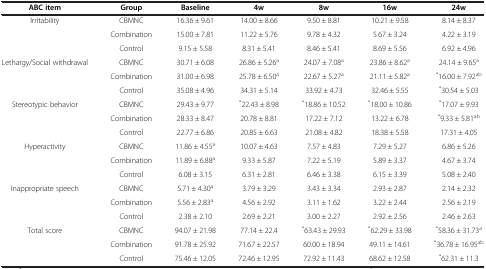
<table><thead><tr><td><b>ABC item</b></td><td><b>Group</b></td><td><b>Baseline</b></td><td><b>4w</b></td><td><b>8w</b></td><td><b>16w</b></td><td><b>24w</b></td></tr></thead><tbody><tr><td rowspan="3">Irritability</td><td>CBMNC</td><td>16.36 ± 9.61</td><td>14.00 ± 8.66</td><td>9.50 ± 8.81</td><td>10.21 ± 9.58</td><td>8.14 ± 8.37</td></tr><tr><td>Combination</td><td>15.00 ± 7.81</td><td>11.22 ± 5.76</td><td>9.78 ± 4.32</td><td>5.67 ± 3.24</td><td>4.22 ± 3.19</td></tr><tr><td>Control</td><td>9.15 ± 5.58</td><td>8.31 ± 5.41</td><td>8.46 ± 5.41</td><td>8.69 ± 5.56</td><td>6.92 ± 4.96</td></tr><tr><td rowspan="3">Lethargy/Social withdrawal</td><td>CBMNC</td><td>30.71 ± 6.08</td><td>26.86 ± 5.26<sup>a</sup></td><td>24.07 ± 7.08<sup>a</sup></td><td>23.86 ± 8.62<sup>a</sup></td><td>24.14 ± 9.65<sup>a</sup></td></tr><tr><td>Combination</td><td>31.00 ± 6.98</td><td>25.78 ± 6.50<sup>a</sup></td><td>22.67 ± 5.27<sup>a</sup></td><td>21.11 ± 5.82<sup>a</sup></td><td><sup>*</sup>16.00 ± 7.92<sup>ab</sup></td></tr><tr><td>Control</td><td>35.08 ± 4.96</td><td>34.31 ± 5.14</td><td>33.92 ± 4.73</td><td>32.46 ± 5.55</td><td><sup>*</sup>30.54 ± 5.03</td></tr><tr><td rowspan="3">Stereotypic behavior</td><td>CBMNC</td><td>29.43 ± 9.77</td><td><sup>*</sup>22.43 ± 8.98</td><td><sup>*</sup>18.86 ± 10.52</td><td><sup>*</sup>18.00 ± 10.86</td><td><sup>*</sup>17.07 ± 9.93</td></tr><tr><td>Combination</td><td>28.33 ± 8.47</td><td>20.78 ± 8.81</td><td>17.22 ± 7.12</td><td>13.22 ± 6.78</td><td><sup>*</sup>9.33 ± 5.81<sup>ab</sup></td></tr><tr><td>Control</td><td>22.77 ± 6.86</td><td>20.85 ± 6.63</td><td>21.08 ± 4.82</td><td>18.38 ± 5.58</td><td>17.31 ± 4.05</td></tr><tr><td rowspan="3">Hyperactivity</td><td>CBMNC</td><td>11.86 ± 4.55<sup>a</sup></td><td>10.07 ± 4.63</td><td>7.57 ± 4.83</td><td>7.29 ± 5.27</td><td>6.86 ± 5.26</td></tr><tr><td>Combination</td><td>11.89 ± 6.88<sup>a</sup></td><td>9.33 ± 5.87</td><td>7.22 ± 5.19</td><td>5.89 ± 3.37</td><td>4.67 ± 3.74</td></tr><tr><td>Control</td><td>6.08 ± 3.15</td><td>6.31 ± 2.81</td><td>6.46 ± 3.38</td><td>6.15 ± 3.39</td><td>5.08 ± 2.40</td></tr><tr><td rowspan="3">Inappropriate speech</td><td>CBMNC</td><td>5.71 ± 4.30<sup>a</sup></td><td>3.79 ± 3.29</td><td>3.43 ± 3.34</td><td>2.93 ± 2.87</td><td>2.14 ± 2.32</td></tr><tr><td>Combination</td><td>5.56 ± 2.83<sup>a</sup></td><td>4.56 ± 2.92</td><td>3.11 ± 1.62</td><td>3.22 ± 2.44</td><td>2.56 ± 2.19</td></tr><tr><td>Control</td><td>2.38 ± 2.10</td><td>2.69 ± 2.21</td><td>3.00 ± 2.27</td><td>2.92 ± 2.56</td><td>2.46 ± 2.63</td></tr><tr><td>Total score</td><td>CBMNC</td><td>94.07 ± 21.98</td><td>77.14 ± 22.4</td><td><sup>*</sup>63.43 ± 29.93</td><td><sup>*</sup>62.29 ± 33.98</td><td><sup>*</sup>58.36 ± 31.73<sup>a</sup></td></tr><tr><td> </td><td>Combination</td><td>91.78 ± 25.92</td><td>71.67 ± 22.57</td><td>60.00 ± 18.94</td><td>49.11 ± 14.61</td><td><sup>*</sup>36.78 ± 16.95<sup>ab</sup></td></tr><tr><td> </td><td>Control</td><td>75.46 ± 12.05</td><td>72.46 ± 12.95</td><td>72.92 ± 11.43</td><td>68.62 ± 12.58</td><td><sup>*</sup>62.31 ± 11.3</td></tr></tbody></table>